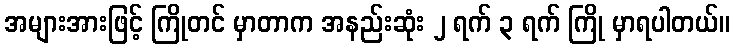
အများအားဖြင့် ကြိုတင် မှာတာက အနည်းဆုံး ၂ ရက် ၃ ရက် ကြို မှာရပါတယ်။